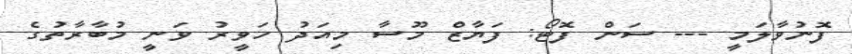
ފޮނުވާލަމީ --- ސަން ފޮޓޯ: ފަޔާޒް މޫސާ މިއަދު ހަވީރު ވަނީ މުބާރާތުގެ